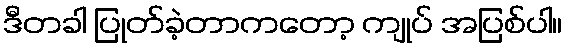
ဒီတခါ ပြုတ်ခဲ့တာကတော့ ကျုပ် အပြစ်ပါ။